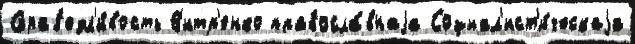
Справ'едл'и́вость В'итр'енко правосла́внаjа Социал'ист'и́ческаjа